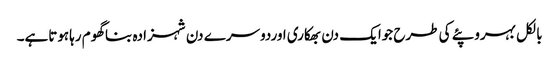
بالکل بہروپئے کی طرح جوایک دن بھکاری اوردوسرے دن شہزادہ بناگھوم رہاہوتاہے۔